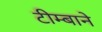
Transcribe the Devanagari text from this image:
टीम्बाने